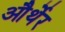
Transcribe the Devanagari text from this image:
और्थेर